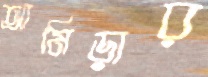
আমিড়ার